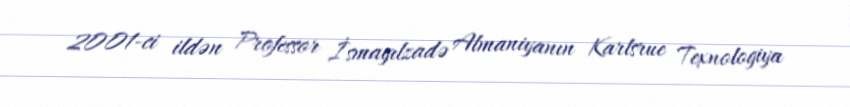
2001-ci ildən Professor İsmayılzadə Almaniyanın Karlsrue Texnologiya